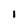
Character: l